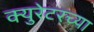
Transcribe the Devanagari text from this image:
क्युरेटरच्या